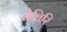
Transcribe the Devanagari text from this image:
तैत्तिरि